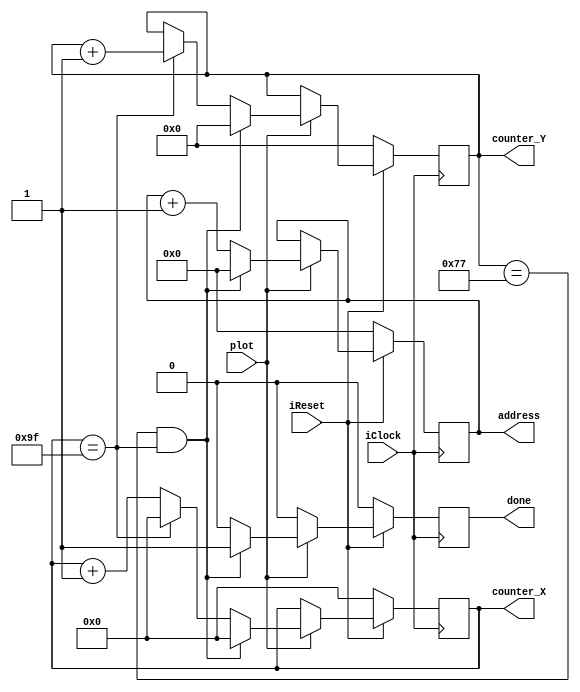


module memory_counter (input iClock, iReset, plot, output reg [7:0] counter_X, output reg [6:0] counter_Y, output reg [14:0] address, output reg done);
	always @ (posedge iClock)
	begin
		done <= 0;
		if(!iReset) begin
			counter_X <= 0;
			counter_Y <= 0;
			address <= 0;
		end else if(plot) begin
			counter_X <= counter_X + 1;
			address <= address + 1;
			
			
			if(counter_X == 'd159) begin
				counter_Y <= counter_Y + 1;
				counter_X <= 0;	
			end		
		
			if(counter_Y == 'd119 && counter_X == 'd159) begin
				counter_Y <= 0;
				counter_X <= 0;
				address <= 0;
				done <= 1;
			end
	
		end
	end
endmodule